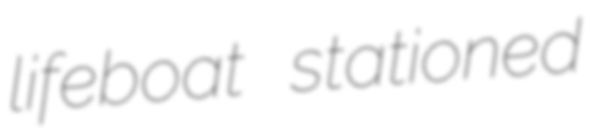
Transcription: lifeboat stationed